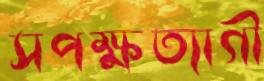
সপক্ষত্যাগী